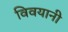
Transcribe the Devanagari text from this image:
विवयानी